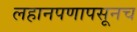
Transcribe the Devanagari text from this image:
लहानपणापसूनच